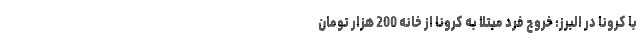
با کرونا در البرز: خروج فرد مبتلا به کرونا از خانه 200 هزار تومان